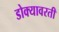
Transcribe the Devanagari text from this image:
डोक्यावरती